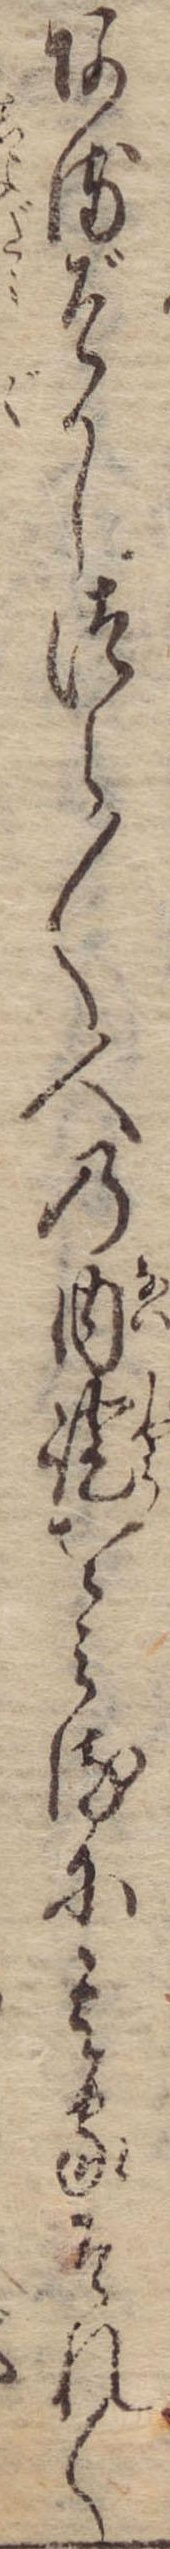
あるぞかしつら〱人の内証をみるに其家それ〱